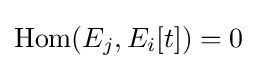
\operatorname {Hom} (E_{j},E_{i}[t])=0